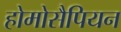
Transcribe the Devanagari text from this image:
होमोसैपियन